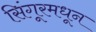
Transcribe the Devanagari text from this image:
सिंगूरमधून